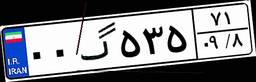
۹۳گ۳۷۳۲۵